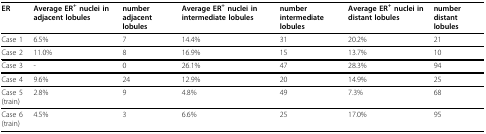
<table><thead><tr><td><b>ER</b></td><td><b>Average ER<sup>+ </sup>nuclei in adjacent lobules</b></td><td><b>number adjacent lobules</b></td><td><b>Average ER<sup>+ </sup>nuclei in intermediate lobules</b></td><td><b>number intermediate lobules</b></td><td><b>Average ER<sup>+ </sup>nuclei in distant lobules</b></td><td><b>number distant lobules</b></td></tr></thead><tbody><tr><td>Case 1</td><td>6.5%</td><td>7</td><td>14.4%</td><td>31</td><td>20.2%</td><td>21</td></tr><tr><td>Case 2</td><td>11.0%</td><td>8</td><td>16.9%</td><td>15</td><td>13.7%</td><td>10</td></tr><tr><td>Case 3</td><td>-</td><td>0</td><td>26.1%</td><td>47</td><td>28.3%</td><td>94</td></tr><tr><td>Case 4</td><td>9.6%</td><td>24</td><td>12.9%</td><td>20</td><td>14.9%</td><td>25</td></tr><tr><td>Case 5 (train)</td><td>2.8%</td><td>9</td><td>4.8%</td><td>49</td><td>7.3%</td><td>68</td></tr><tr><td>Case 6 (train)</td><td>4.5%</td><td>3</td><td>6.6%</td><td>25</td><td>17.0%</td><td>95</td></tr></tbody></table>